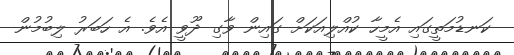
ކަނޑުމަތީގައި އެމީހާ ކުއްލިއަކަށް ގައިން ވާގި ދޫވީ އެވެ. އެ ހަބަރު ލިބުމުން